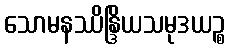
သောမနဿိန္ဒြိယသမုဒယဉ္စ